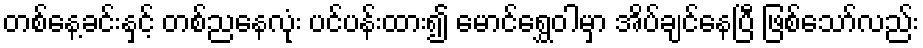
တစ်နေ့ခင်းနှင့် တစ်ညနေလုံး ပင်ပန်းထား၍ မောင်ရွှေဝါမှာ အိပ်ချင်နေပြီ ဖြစ်သော်လည်း